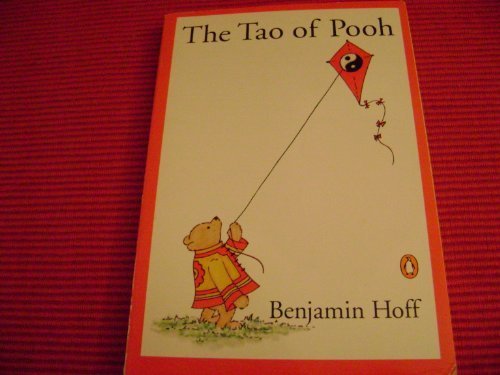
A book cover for Tao of Pooh - 1983 publication; Benjamin Hoff; Humor & Entertainment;